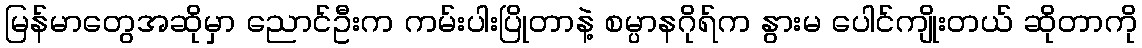
မြန်မာတွေအဆိုမှာ ညောင်ဦးက ကမ်းပါးပြိုတာနဲ့ စမ္ပာနဂိုရ်က နွားမ ပေါင်ကျိုးတယ် ဆိုတာကို